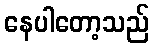
နေပါတော့သည်